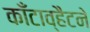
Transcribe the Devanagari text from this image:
काँटाव्हैटने